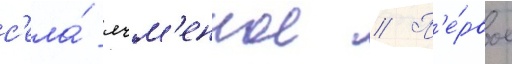
с'ела́ ячм'енное // П'е́рвое